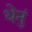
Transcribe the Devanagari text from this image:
धेनुं